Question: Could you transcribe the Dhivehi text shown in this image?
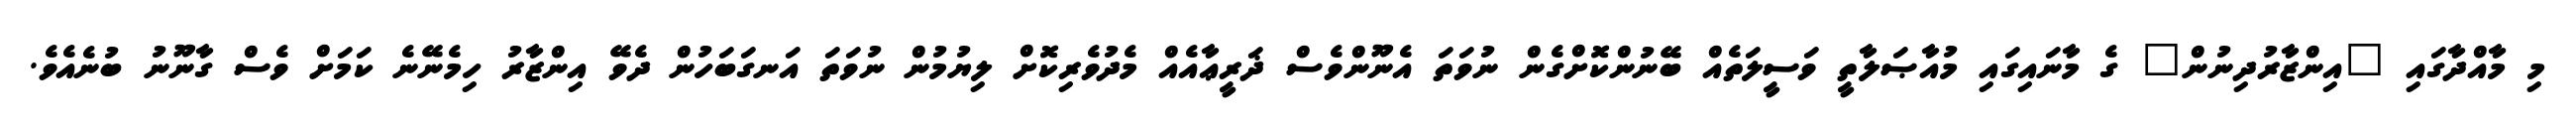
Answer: މި މާއްދާގައި "އިންޒާރުދިނުން" ގެ މާނައިގައި މުއާޞަލާތީ ވަސީލަތެއް ބޭނުންކޮށްގެން ނުވަތަ އެނޫންވެސް ޛަރީޢާއެއް މެދުވެރިކޮށް ލިޔުމުން ނުވަތަ އަނގަބަހުން ދެވޭ އިންޒާރު ހިމެނޭނެ ކަމަށް ވެސް ގާނޫނު ބުނެއެވެ.